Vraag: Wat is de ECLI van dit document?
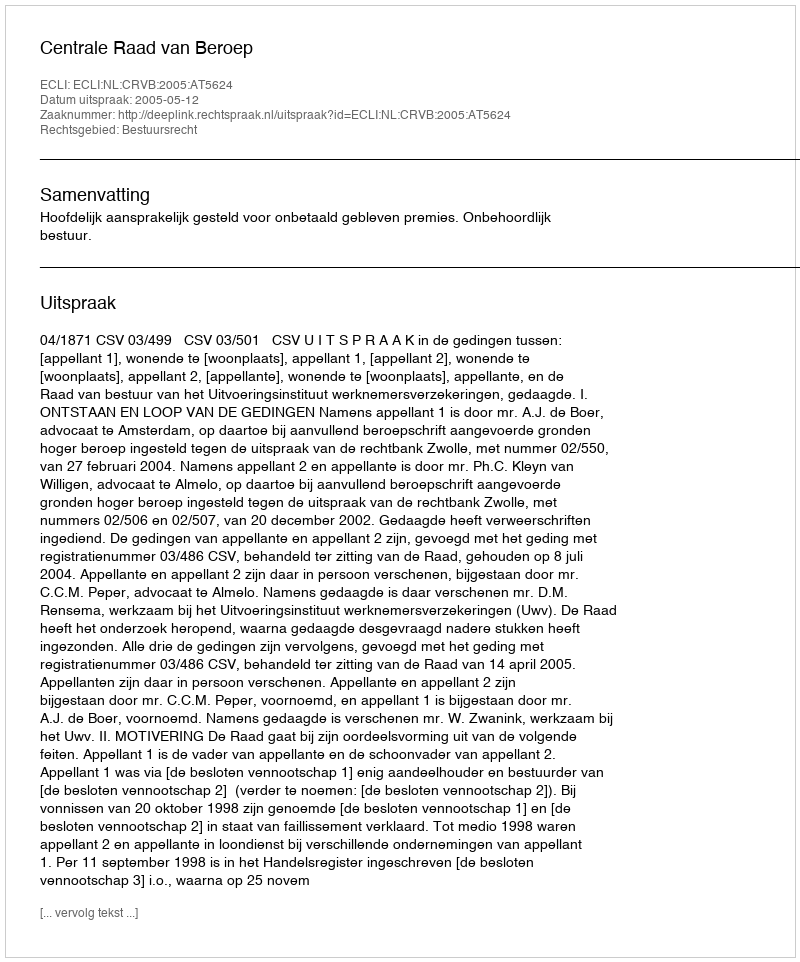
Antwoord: ECLI:NL:CRVB:2005:AT5624